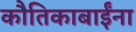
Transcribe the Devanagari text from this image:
कौतिकाबाईंना